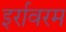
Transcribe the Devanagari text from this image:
इर्रावरम